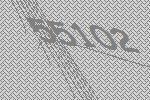
55102